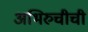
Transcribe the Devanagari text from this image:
अभिरुचीची